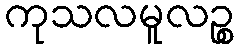
ကုသလမူလဉ္စ